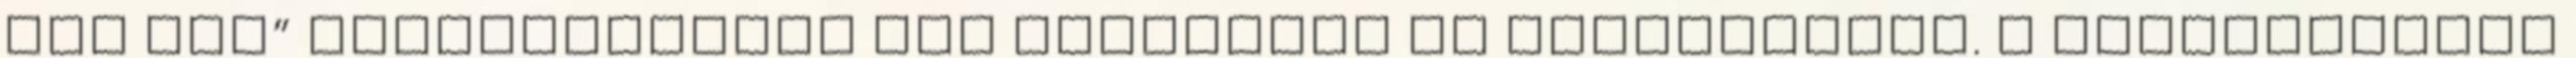
„az ügy” szempont­já­ból nem tartalmaz új információt. A dokumentumok